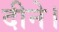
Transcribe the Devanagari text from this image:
दीने।